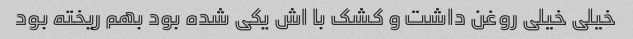
خیلی خیلی روغن داشت و کشک با اش یکی شده بود بهم ریخته بود